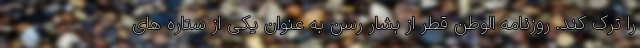
را ترک کند. روزنامه الوطن قطر از بشار رسن به عنوان یکی از ستاره های